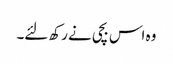
وہ اس بچی نے رکھ لئے۔